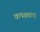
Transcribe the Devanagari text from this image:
कपड्याना